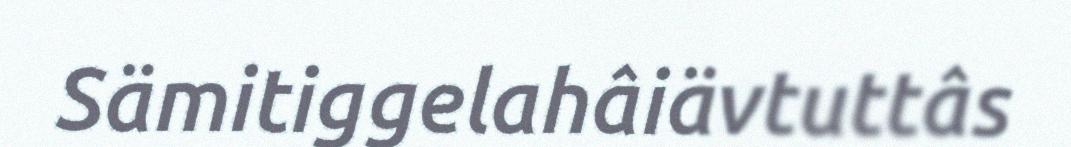
Sämitiggelahâiävtuttâs